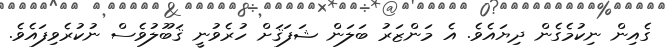
ގެއިން ނިކުމެގެން ދިޔައެވެ. އެ މަންޒަރު ބަލަން ޝަފަޤަށް ހުރެވުނީ ޤަބޫލުވެސް ނުކުރެވިފައެވެ.